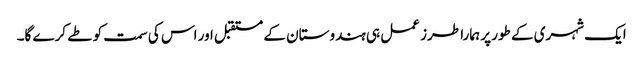
ایک شہری کے طور پر ہمارا طرز عمل ہی ہندوستان کے مستقبل اور اس کی سمت کو طے کرے گا۔